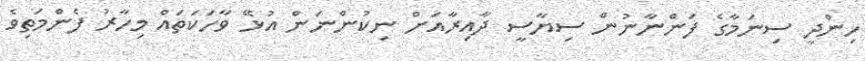
ހިންދީ ސިނަމާގެ ފަންނާނުން ސިޔާސީ ދާއިރާއަށް ނިކުންނަން އުޅޭ ވާހަކަތައް މިހާރު ފެންމަތިވެ